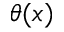
\theta ( x )